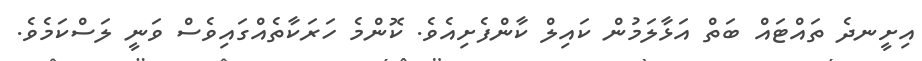
އިށީނދެ ތައްޓައް ބަތް އަޅާލަމުން ކައިލް ކާންފެށިއެވެ. ކޮންމެ ހަރަކާތެއްގައިވެސް ވަނީ ލަސްކަމެވެ.